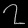
Digit: ၇